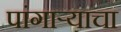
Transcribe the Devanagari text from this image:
पांगाऱ्याचा